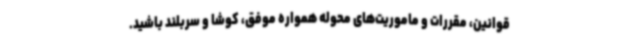
قوانین، مقررات و ماموریت‌های محوله همواره موفق، کوشا و سربلند باشید.